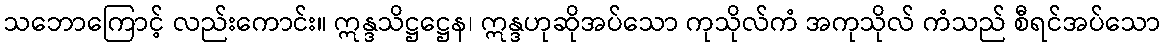
သဘောကြောင့် လည်းကောင်း။ ဣန္ဒသိဋ္ဌဋ္ဌေန၊ ဣန္ဒဟုဆိုအပ်သော ကုသိုလ်ကံ အကုသိုလ် ကံသည် စီရင်အပ်သော